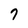
Character: 7